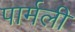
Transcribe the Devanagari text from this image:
पार्मली